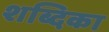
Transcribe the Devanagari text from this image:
शब्दिका